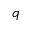
q